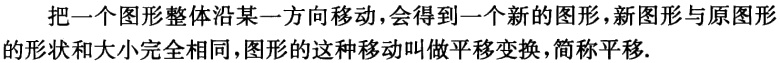
把一个图形整体沿某一方向移动，会得到一个新的图形，新图形与原图形的形状和大小完全相同，图形的这种移动叫做平移变换，简称平移.